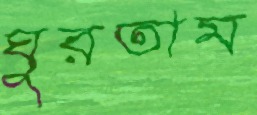
ঘুরতাম